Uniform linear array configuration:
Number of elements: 24
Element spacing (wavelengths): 0.75
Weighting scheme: kaiser
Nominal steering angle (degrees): -45
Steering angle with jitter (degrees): -46.324
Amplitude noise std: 0.05
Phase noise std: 0.05

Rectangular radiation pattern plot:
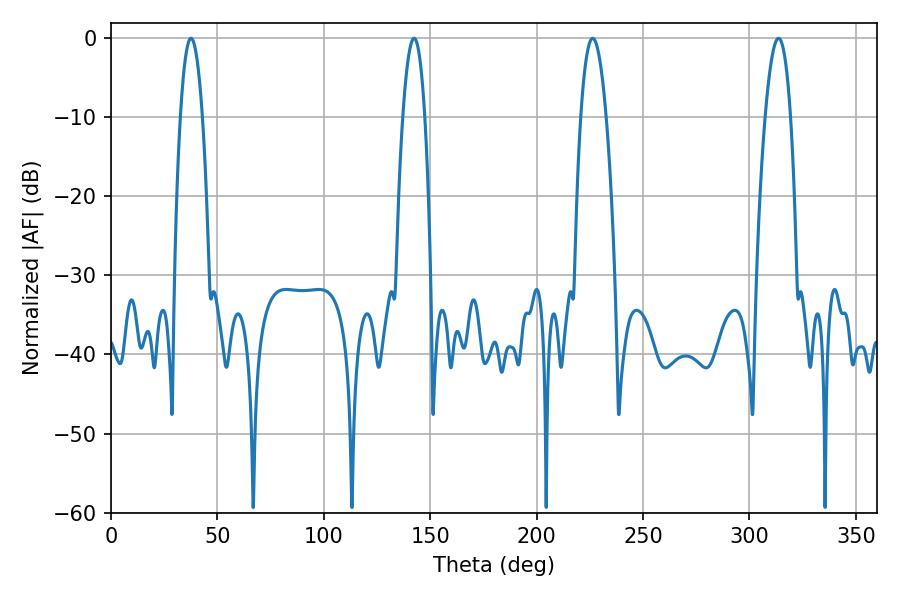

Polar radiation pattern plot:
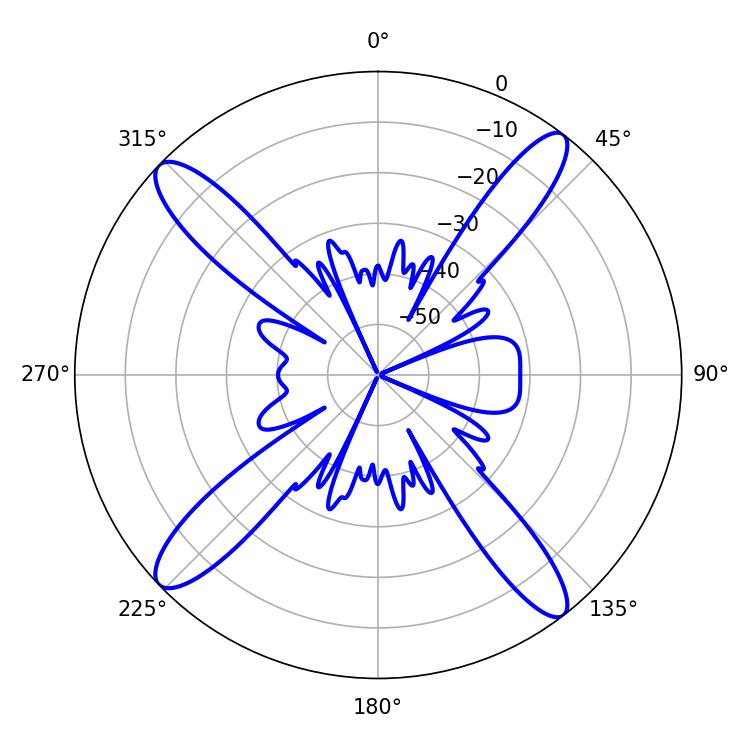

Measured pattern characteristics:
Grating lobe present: TRUE
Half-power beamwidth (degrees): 5.76
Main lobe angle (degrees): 37.62